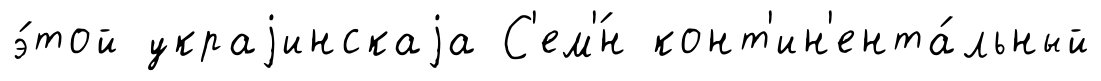
э́той украjинскаjа С'ем'́н конт'ин'ента́льный